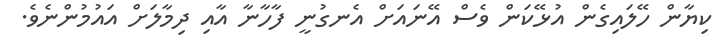
ކިޔާން ހޭލައިގެން އުޅޭކަން ވެސް އޭނައަށް އެނގުނީ ފާހާނާ އާއި ދިމާލަށް އައުމުންނެވެ.